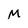
Character: M